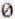
0